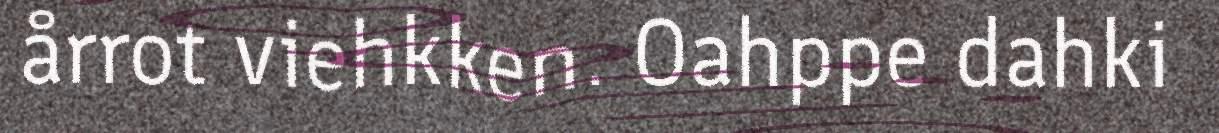
årrot viehkken. Oahppe dahki